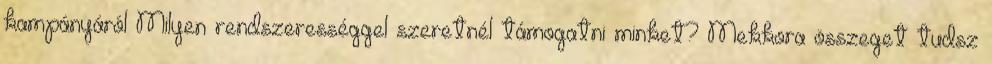
kampányáról Milyen rendszerességgel szeretnél támogatni minket? Mekkora összeget tudsz